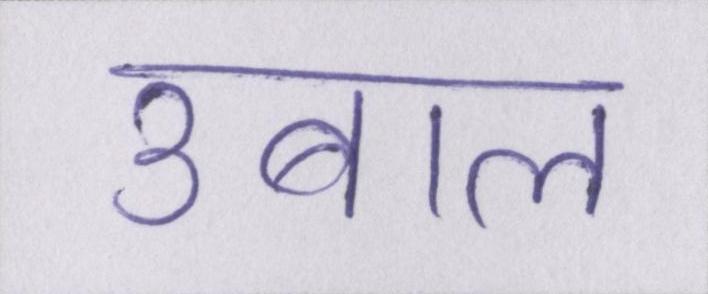
उबाल